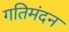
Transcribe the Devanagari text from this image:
गतिमंदन